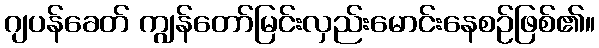
ဂျပန်ခေတ် ကျွန်တော်မြင်းလှည်းမောင်းနေစဉ်ဖြစ်၏။